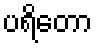
ပရိတော